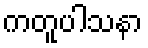
ကတူပါသနာ